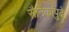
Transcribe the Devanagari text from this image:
सैनिकांपुढे